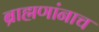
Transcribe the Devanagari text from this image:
ब्राह्मणांनाच